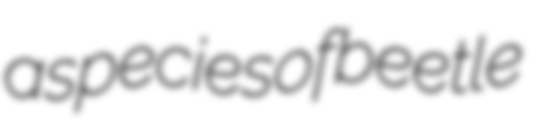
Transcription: a species of beetle